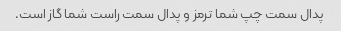
پدال سمت چپ شما ترمز و پدال سمت راست شما گاز است.